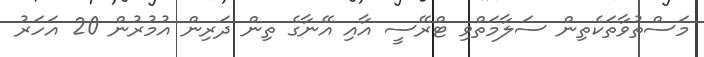
މަސްތުވާތަކެތިން ސަލާމަތްވި ޓްރޭސީ އާއި އޭނާގެ ތިން ދަރިން އުމުރުން 20 އަހަރު